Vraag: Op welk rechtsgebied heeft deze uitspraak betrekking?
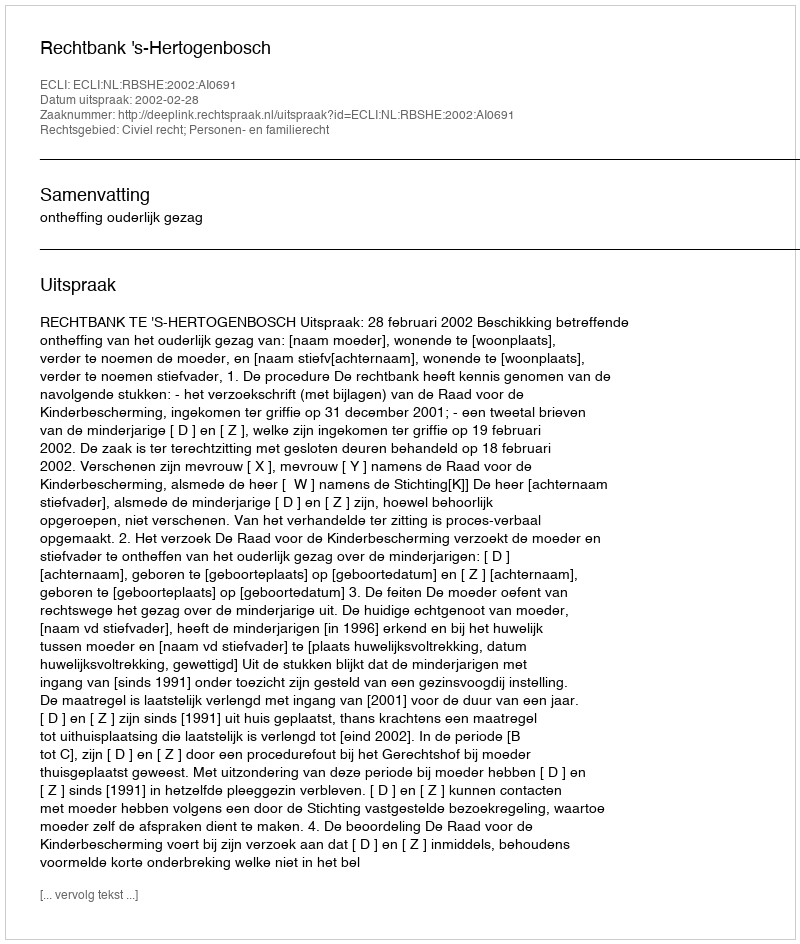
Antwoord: Civiel recht; Personen- en familierecht